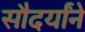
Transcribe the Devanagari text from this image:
सौदर्यांने